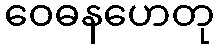
ဝေဓနဟေတု